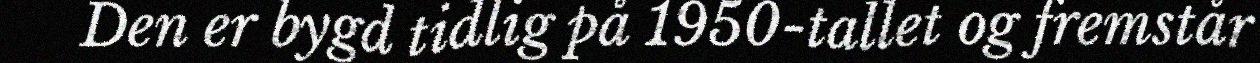
Den er bygd tidlig på 1950-tallet og fremstår